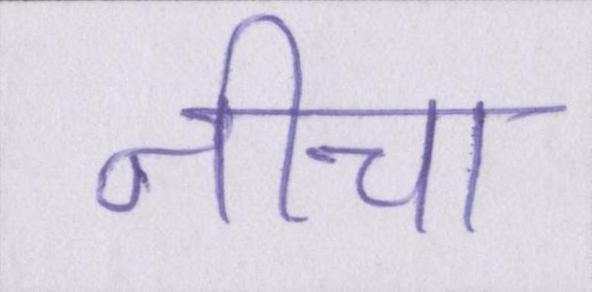
नीचा